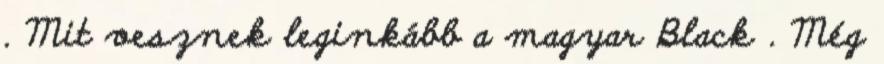
. Mit vesznek leginkább a magyar Black . Még